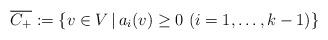
LaTeX: \begin{align*}\overline{C_{+}}:=\{v \in V \, | \, a_{i}(v)\ge 0 \,\, (i=1, \ldots , k-1)\} \end{align*}